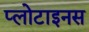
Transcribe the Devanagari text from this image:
प्लोटाइनस